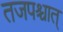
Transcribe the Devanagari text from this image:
तजपश्चात्